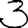
Digit: 3